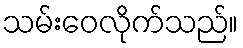
သမ်းဝေလိုက်သည်။